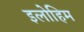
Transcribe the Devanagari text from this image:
इलोहिम